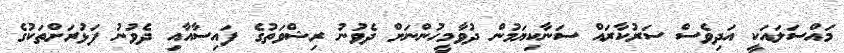
މައްސަލައަކީ އަދިވެސް ސަރުކާރައް ސަނާކިޔަމުން ދުވާމީހުންނަށް ދެވުނު ރިޝްވަތުގެ ފައިސާއާއި ދެވުނު ފަޅުރަށްތަކުގެ